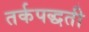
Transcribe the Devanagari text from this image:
तर्कपद्धती